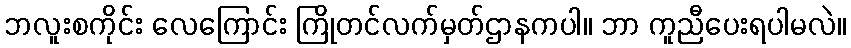
ဘလူးစကိုင်း လေကြောင်း ကြိုတင်လက်မှတ်ဌာနကပါ။ ဘာ ကူညီပေးရပါမလဲ။